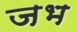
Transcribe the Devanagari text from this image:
जभ